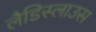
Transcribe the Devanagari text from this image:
लैडिस्लाउस